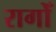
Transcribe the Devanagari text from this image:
रागोँ